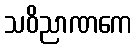
သဝိညာဏကေ